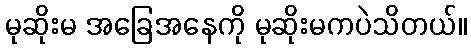
မုဆိုးမ အခြေအနေကို မုဆိုးမကပဲသိတယ်။